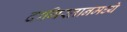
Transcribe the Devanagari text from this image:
दागिस्तानमध्ये